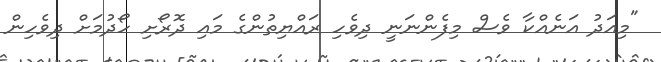
"މިއަދު އަނެއްކާ ވެސް މިފެންނަނީ ދިވެހި ރައްޔިތުންގެ މައި ދޮރޯށި ހޯދުމަށް ދިވެހިން